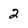
Character: 2